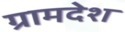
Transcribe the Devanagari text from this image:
ग्रामदेश